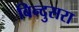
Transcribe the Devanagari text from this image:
बिन्दुसरा